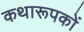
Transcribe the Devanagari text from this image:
कथारूपकों